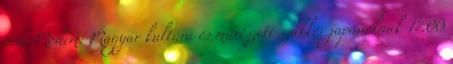
óra, Modem: Magyar kultúra és művészeti szakkör japánoknak 17.00